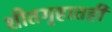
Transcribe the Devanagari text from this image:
शीतगृहातही